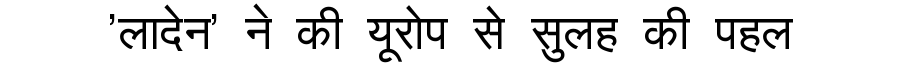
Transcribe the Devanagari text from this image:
'लादेन' ने की यूरोप से सुलह की पहल